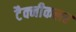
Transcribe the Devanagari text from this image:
टैक्नीकलर